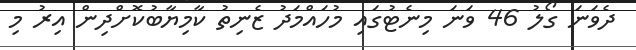
ދެވަނަ ގޯލު 46 ވަނަ މިނެޓުގައި މުހައްމަދު ޒެނިތު ކާމިޔާބުކޮށްދިން އިރު މި